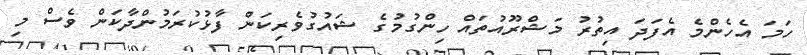
ހަމަ އެހެންމެ އެފަދަ އިތުރު މަޝްރޫއުތައް ހިންގުމުގެ ޝައުގުވެރިކަން ފާޅުކުރަމުންދާކަން ވެސް މި